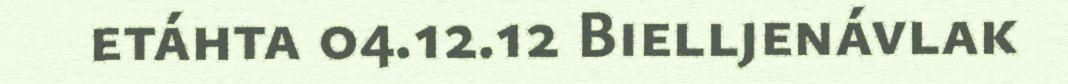
etáhta 04.12.12 Bielljenávlak